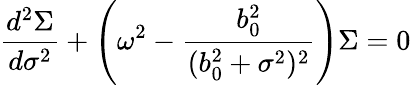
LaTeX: \frac{d^{2}\Sigma}{d\sigma^{2}}+\left(\omega^{2}-\frac{b_{0}^{2}}{(b_{0}^{2}+\sigma^{2})^{2}}\right)\Sigma=0